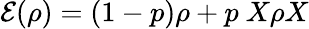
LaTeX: {\mathcal{E}}(\rho)=(1-p)\rho+p\ X\rho X